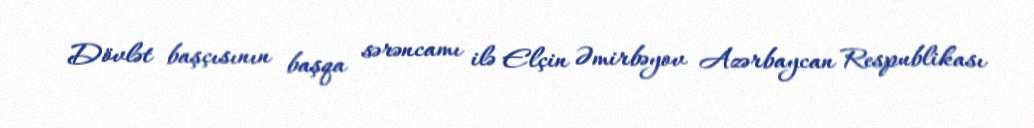
Dövlət başçısının başqa sərəncamı ilə Elçin Əmirbəyov Azərbaycan Respublikası